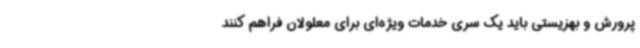
پرورش و بهزیستی باید یک سری خدمات ویژه‌ای برای معلولان فراهم کنند